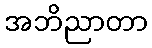
အဘိညာတာ